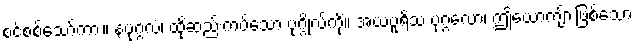
စင်စစ်သော်ကား။ နံပုဂ္ဂလံ၊ ထိုဆည်းကပ်သော ပုဂ္ဂိုလ်ကို။ အယံပူရိသ ပုဂ္ဂလော၊ ဤယောကျ်ားဖြစ်သော